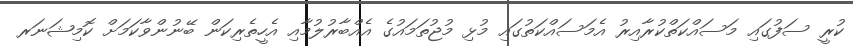
ކުރީ ސަފުގައި މަސައްކަތްކުރާއިރު އެމަސައްކަތުގައި މުޅި މުޖުތަމައުގެ އެއްބާރުލުމާއި އެހީތެރިކަން ބޭނުންވާކަމަށް ކޮމިޝަނަރ